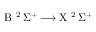
\mathrm { B } \ ^ { 2 } \, \Sigma ^ { + } \longrightarrow \mathrm { X } \ ^ { 2 } \, \Sigma ^ { + }